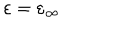
\varepsilon = \varepsilon _ { \infty }